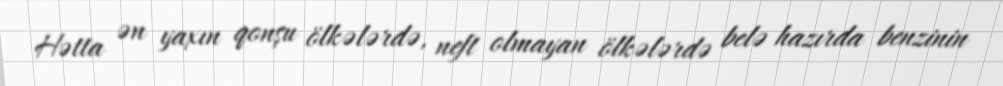
Hətta ən yaxın qonşu ölkələrdə, neft olmayan ölkələrdə belə hazırda benzinin